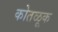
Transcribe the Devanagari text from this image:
कोतळूक